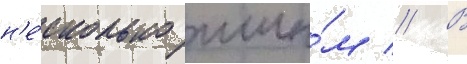
н'е́сколько ины́м // В